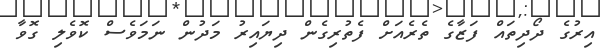
އިރުގެ ދޯދިތައް ފަޒާގެ ތެރެއަށް ފެތުރިގެން ދިޔައިރު މަދުން ނަމަވެސް ކޮވެލި ގޮވާ